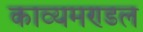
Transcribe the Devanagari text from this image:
काव्यमण्डल